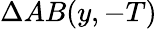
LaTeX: \Delta AB(y,-T)